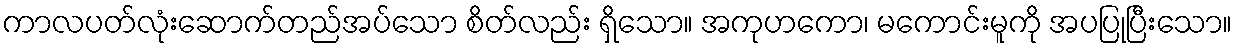
ကာလပတ်လုံးဆောက်တည်အပ်သော စိတ်လည်း ရှိသော။ အကုဟကော၊ မကောင်းမူကို အပပြုပြီးသော။